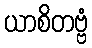
ယာစိတဗ္ဗံ